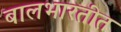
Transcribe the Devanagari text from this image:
बालभारतीत